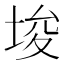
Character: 埈